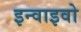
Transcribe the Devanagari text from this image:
इन्वाइवो